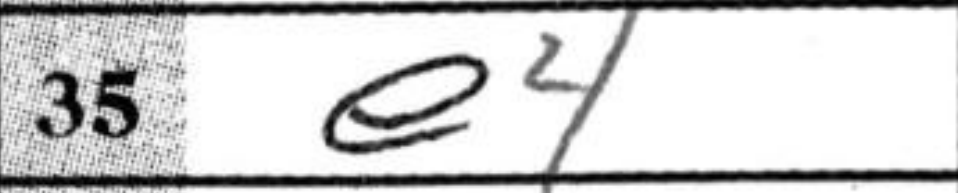
Transcription: e4